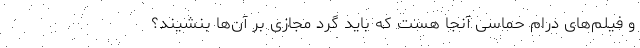
و فیلم‌های درام حماسی آنجا هست که باید گَرد مجازی بر آن‌ها بنشیند؟